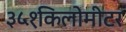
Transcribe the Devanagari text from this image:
३५१किलोमीटर